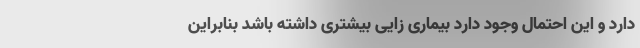
دارد و این احتمال وجود دارد بیماری زایی بیشتری داشته باشد بنابراین